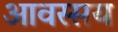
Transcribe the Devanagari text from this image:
आवस्सय